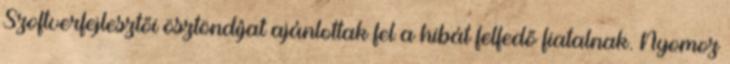
Szoftverfejlesztői ösztöndíjat ajánlottak fel a hibát felfedő fiatalnak. Nyomoz